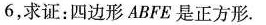
6$$，求证：四边形ABFE是正方形。